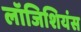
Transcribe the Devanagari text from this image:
लॉजिशियंस